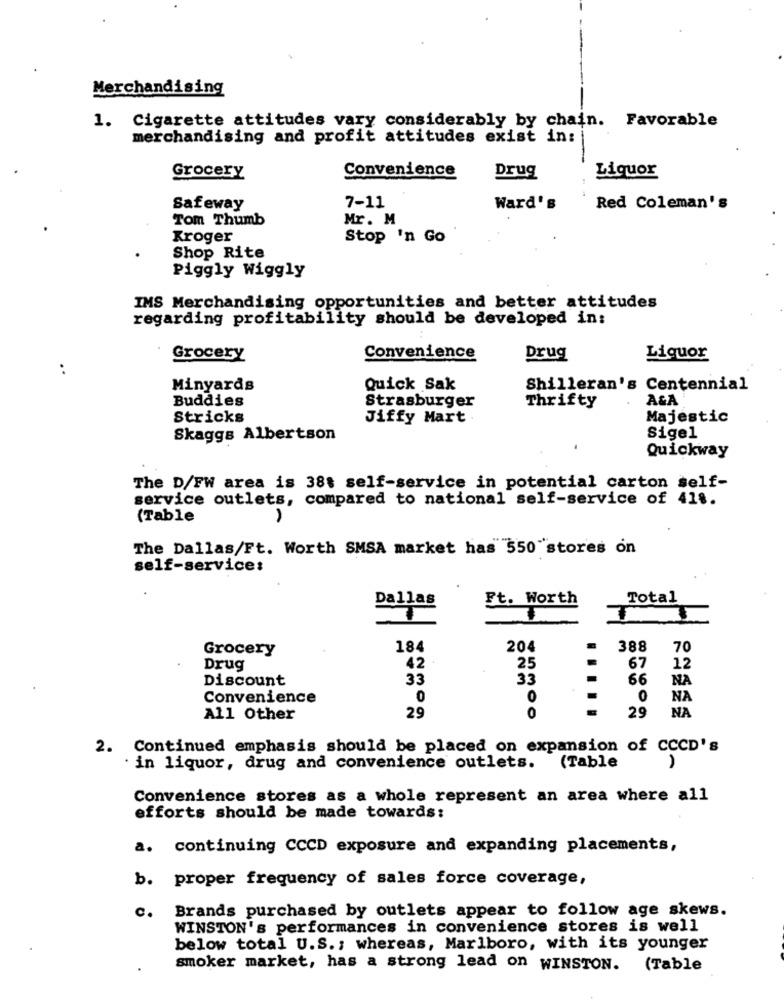
Merchandising
1. Cigarette attitudes vary considerably by chain. Favorable
merchandising and profit attitudes exist in:
Convenience
Grocery
Drug
Liquor
Safeway
7-11
Ward's
Red Coleman's
Tom Thumb
Mr. M
Kroger
Stop 'n Go
Shop Rite
Piggly Wiggly
IMS Merchandising opportunities and better attitudes
regarding profitability should be developed in:
Grocery
Convenience
Drug
Liquor
..
Minyards
Quick Sak
Shilleran's Centennial
Buddies
Strasburger
Thrifty
A&A
Stricks
Jiffy Mart.
Majestic
Skaggs Albertson
Sigel
Quickway
The D/FW area is 38t self-service in potential carton self-
service outlets, compared to national self-service of 418.
(Table
The Dallas/Ft. Worth SMSA market has 550 stores on
self-services
Dallas
Ft. Worth
Total
Grocery
184
204
.
388
70
Drug
42
25
67
12
Discount
33
33
66
NA
Convenience
0
O
NA
29
NA
All Other
29
0
2. Continued emphasis should be placed on expansion of CCCD's
in liquor, drug and convenience outlets. (Table
Convenience stores as a whole represent an area where all
efforts should be made towards:
a. continuing CCCD exposure and expanding placements,
b. proper frequency of sales force coverage,
Brands purchased by outlets appear to follow age skews.
c.
WINSTON's performances in convenience stores is well
below total U.S .; whereas, Marlboro, with its younger
smoker market, has a strong lead on WINSTON. (Table